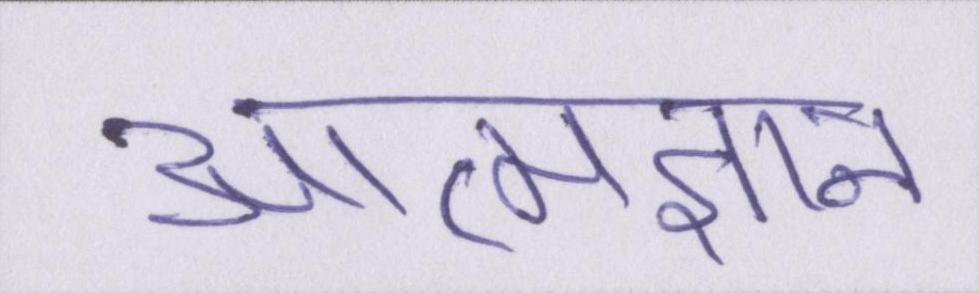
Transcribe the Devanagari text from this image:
आत्मज्ञान